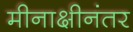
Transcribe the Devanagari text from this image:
मीनाक्षीनंतर